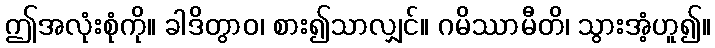
ဤအလုံးစုံကို။ ခါဒိတွာဝ၊ စား၍သာလျှင်။ ဂမိဿာမီတိ၊ သွားအံ့ဟူ၍။